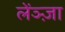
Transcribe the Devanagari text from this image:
लेंञ्ज़ा